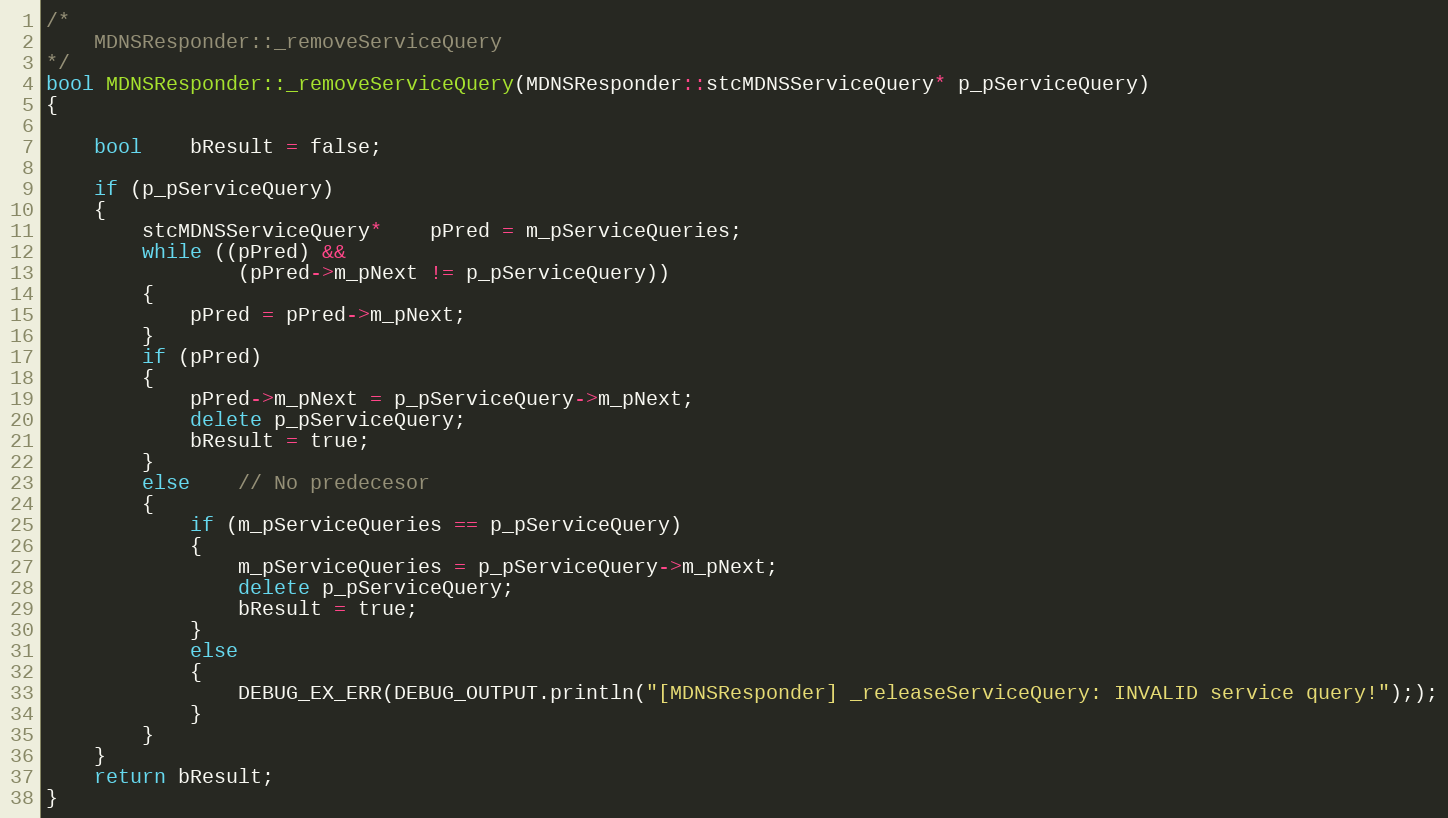
Language: C++
/*
    MDNSResponder::_removeServiceQuery
*/
bool MDNSResponder::_removeServiceQuery(MDNSResponder::stcMDNSServiceQuery* p_pServiceQuery)
{

    bool    bResult = false;

    if (p_pServiceQuery)
    {
        stcMDNSServiceQuery*    pPred = m_pServiceQueries;
        while ((pPred) &&
                (pPred->m_pNext != p_pServiceQuery))
        {
            pPred = pPred->m_pNext;
        }
        if (pPred)
        {
            pPred->m_pNext = p_pServiceQuery->m_pNext;
            delete p_pServiceQuery;
            bResult = true;
        }
        else    // No predecesor
        {
            if (m_pServiceQueries == p_pServiceQuery)
            {
                m_pServiceQueries = p_pServiceQuery->m_pNext;
                delete p_pServiceQuery;
                bResult = true;
            }
            else
            {
                DEBUG_EX_ERR(DEBUG_OUTPUT.println("[MDNSResponder] _releaseServiceQuery: INVALID service query!"););
            }
        }
    }
    return bResult;
}